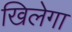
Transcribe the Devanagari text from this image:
खिलेगा